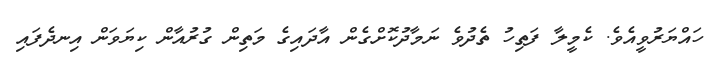
ހައްޔަރުވީއެވެ. ކެމީލާ ފަތިހު ތެދުވެ ނަމާދުކޮށްގެން އާދައިގެ މަތިން ގުރުއާން ކިޔަވަން އިނދެފައި